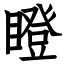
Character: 瞪